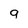
Character: 9